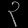
Digit: ၃